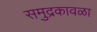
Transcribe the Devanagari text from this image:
समुद्रकावळा